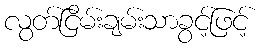
လွတ်ငြိမ်းချမ်းသာခွင့်ဖြင့်